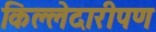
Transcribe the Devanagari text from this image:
किल्लेदारीपण